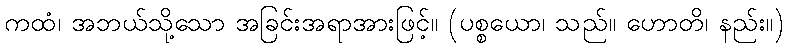
ကထံ၊ အဘယ်သို့သော အခြင်းအရာအားဖြင့်။ (ပစ္စယော၊ သည်။ ဟောတိ၊ နည်း။)